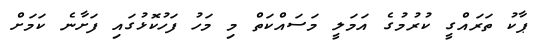
ޕާކު ތަރައްގީ ކުރުމުގެ އަމަލީ މަސައްކަތް މި މަހު ފަހުކޮޅުގައި ފަށާނެ ކަމަށް